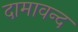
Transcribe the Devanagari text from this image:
दामावन्द